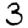
Digit: 3